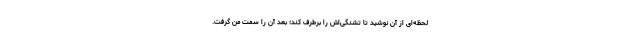
لحظه‌ای از آن نوشید تا تشنگی‌اش را برطرف کند؛ بعد آن را سمت من گرفت.